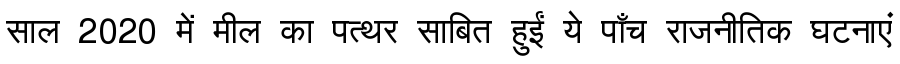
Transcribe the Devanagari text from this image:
साल 2020 में मील का पत्थर साबित हुईं ये पाँच राजनीतिक घटनाएं